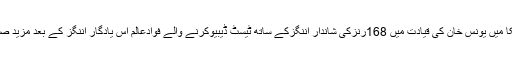
یاد رہے کہ2009 کے دورہ سری لنکا میں یونس خان کی قیادت میں 168رنزکی شاندار اننگزکے ساتھ ٹیسٹ ڈیبیوکرنے والے فوادعالم اس یادگار اننگز کے بعد مزید صرف دو ہی ٹیسٹ میچ کھیل سکے ہیں۔